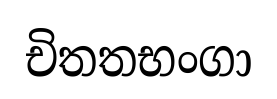
චිතතභංගා